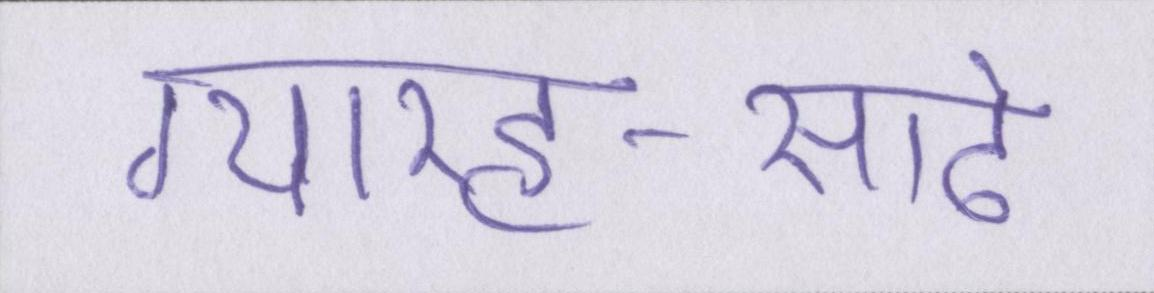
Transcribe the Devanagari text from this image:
ग्यारह-साढे